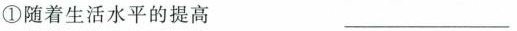
①随着生活水平的提高 ___